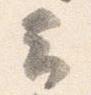
云